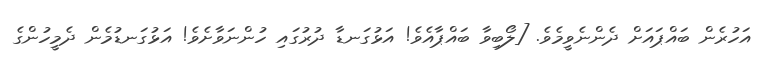
އަހުރެން ބައްޕައަށް ދެންނެވީމެވެ. [ލޯބިވާ ބައްޕާއެވެ! އަޅުގަނޑާ ދުރުގައި ހުންނަވާށެވެ! އަޅުގަނޑުމެން ދެމީހުންގެ